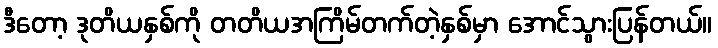
ဒီတော့ ဒုတိယနှစ်ကို တတိယအကြိမ်တက်တဲ့နှစ်မှာ အောင်သွားပြန်တယ်။